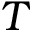
T